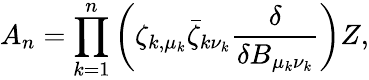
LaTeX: A_{n}=\prod_{k=1}^{n}\left(\zeta_{k,\mu_{k}}\bar{\zeta}_{k\nu_{k}}{\frac{\delta}{\delta B_{\mu_{k}\nu_{k}}}}\right)Z,